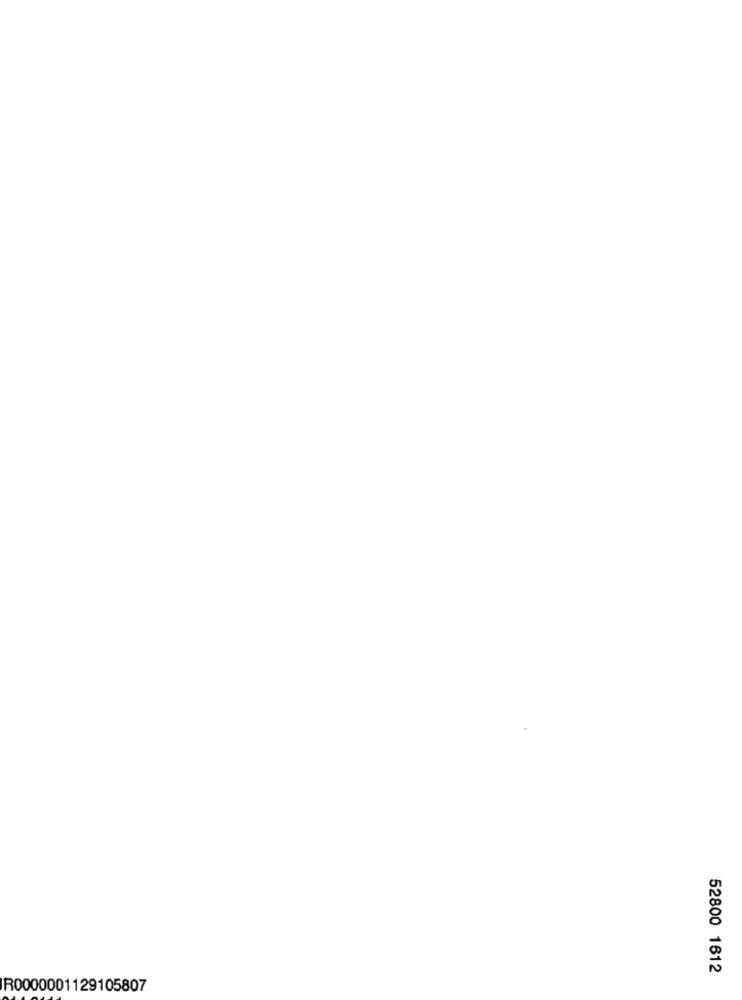
52800 1612
R0000001129105807